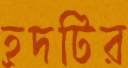
হ্রদটির